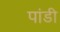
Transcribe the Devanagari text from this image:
पांडी